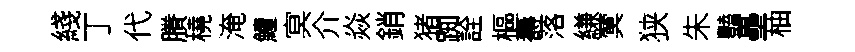
綫丁代賸橈淹鱣㝠介焱銷猪踟詮樞壽落縑蓂狭朱豔壘柚